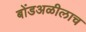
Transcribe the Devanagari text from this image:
बोंडअळीलाच